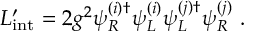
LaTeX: { \cal L } _ { \mathrm { i n t } } ^ { \prime } = 2 g ^ { 2 } \psi _ { R } ^ { ( i ) \dagger } \psi _ { L } ^ { ( i ) } \psi _ { L } ^ { ( j ) \dagger } \psi _ { R } ^ { ( j ) } \ .